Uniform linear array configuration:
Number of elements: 64
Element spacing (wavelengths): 1
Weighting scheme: binomial
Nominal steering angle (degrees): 60
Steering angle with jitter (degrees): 60.676
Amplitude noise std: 0.05
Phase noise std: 0.05

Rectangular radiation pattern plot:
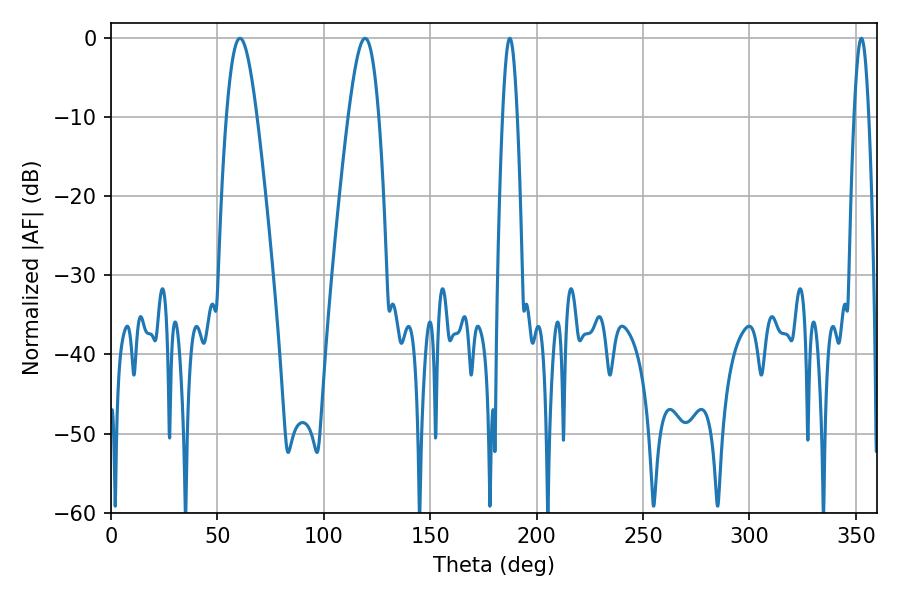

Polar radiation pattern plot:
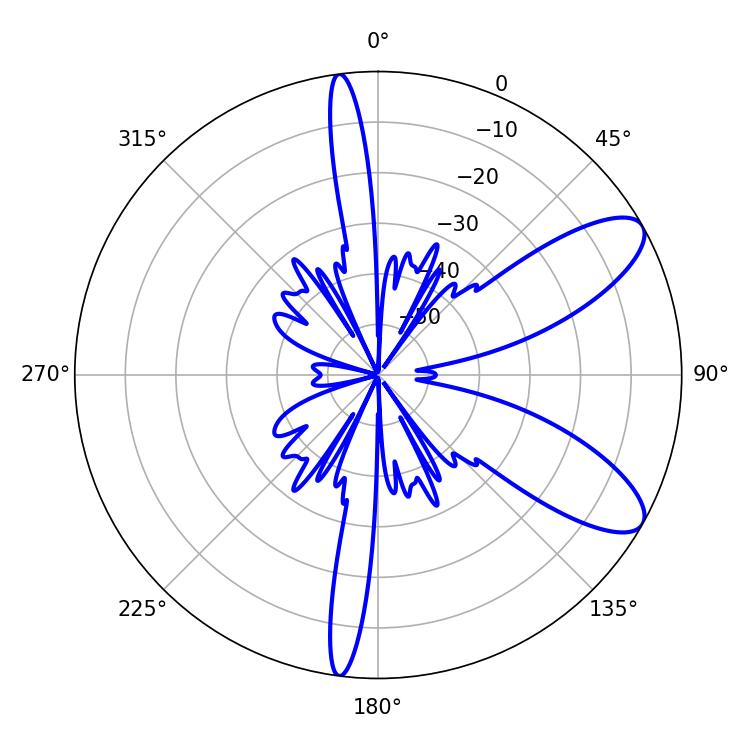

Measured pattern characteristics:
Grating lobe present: TRUE
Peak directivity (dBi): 9.245
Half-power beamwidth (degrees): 3.6
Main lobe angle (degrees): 187.38